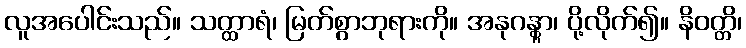
လူအပေါင်းသည်။ သတ္ထာရံ၊ မြတ်စွာဘုရားကို။ အနုဂန္တွာ၊ ပို့လိုက်၍။ နိဝတ္တိ၊